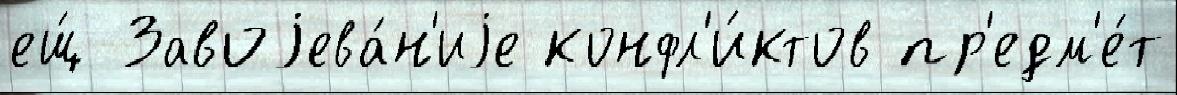
ещ́ Завоjева́н'иjе конфл'и́ктов пр'едм'е́т